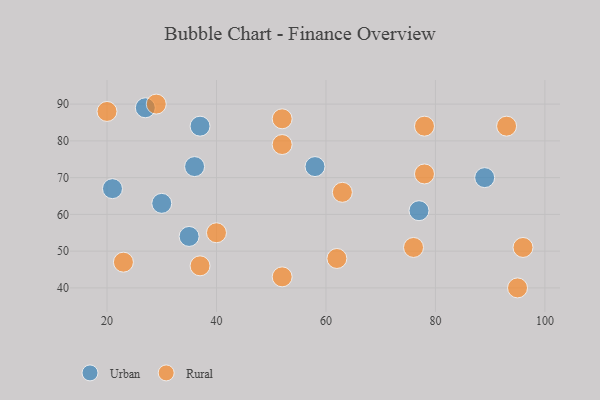
{"axis": {"x": "GDP", "y": "Life Expectancy"}, "legend": ["Rural", "Urban"], "data": [{"x": "35", "y": 54, "type": "Urban"}, {"x": "77", "y": 61, "type": "Urban"}, {"x": "58", "y": 73, "type": "Urban"}, {"x": "21", "y": 67, "type": "Urban"}, {"x": "36", "y": 73, "type": "Urban"}, {"x": "27", "y": 89, "type": "Urban"}, {"x": "30", "y": 63, "type": "Urban"}, {"x": "37", "y": 84, "type": "Urban"}, {"x": "89", "y": 70, "type": "Urban"}, {"x": "95", "y": 40, "type": "Rural"}, {"x": "78", "y": 84, "type": "Rural"}, {"x": "20", "y": 88, "type": "Rural"}, {"x": "93", "y": 84, "type": "Rural"}, {"x": "29", "y": 90, "type": "Rural"}, {"x": "52", "y": 86, "type": "Rural"}, {"x": "96", "y": 51, "type": "Rural"}, {"x": "78", "y": 71, "type": "Rural"}, {"x": "40", "y": 55, "type": "Rural"}, {"x": "37", "y": 46, "type": "Rural"}, {"x": "52", "y": 79, "type": "Rural"}, {"x": "76", "y": 51, "type": "Rural"}, {"x": "62", "y": 48, "type": "Rural"}, {"x": "63", "y": 66, "type": "Rural"}, {"x": "52", "y": 43, "type": "Rural"}, {"x": "23", "y": 47, "type": "Rural"}]}